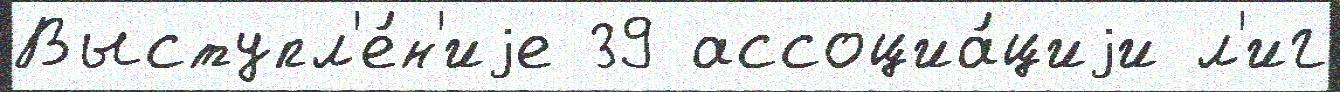
Выступл'е́н'иjе 39 ассоциа́циjи л'иг